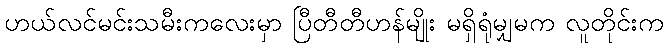
ဟယ်လင်မင်းသမီးကလေးမှာ ပြီတီတီဟန်မျိုး မရှိရုံမျှမက လူတိုင်းက